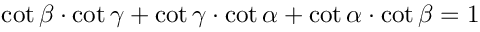
\cot \beta \cdot \cot \gamma + \cot \gamma \cdot \cot \alpha + \cot \alpha \cdot \cot \beta = 1